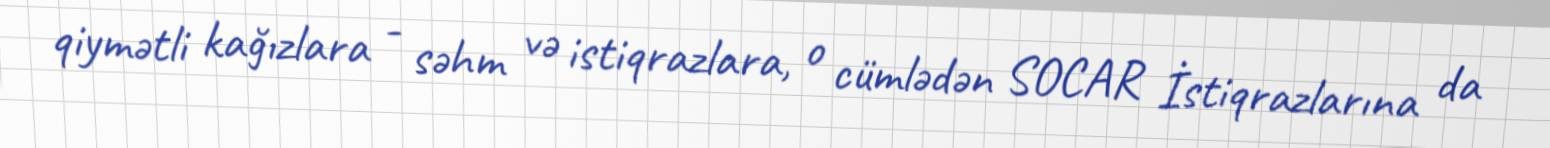
qiymətli kağızlara - səhm və istiqrazlara, o cümlədən SOCAR İstiqrazlarına da